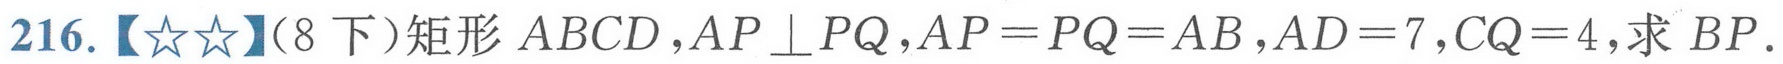
216.【★★】(8下）矩形 \(ABCD\), \(AP\perp PQ\), \(AP = PQ = AB\), \(AD = 7\), \(CQ = 4\), 求 \(BP\).